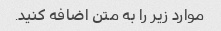
موارد زیر را به متن اضافه کنید.